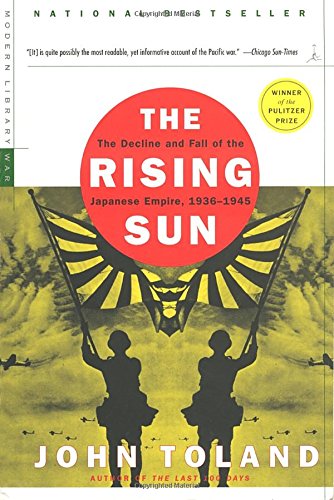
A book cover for The Rising Sun: The Decline and Fall of the Japanese Empire, 1936-1945 (Modern Library War); John Toland; History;